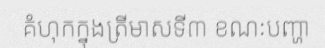
គំហុកក្នុងត្រីមាសទី៣ ខណៈបញ្ហា